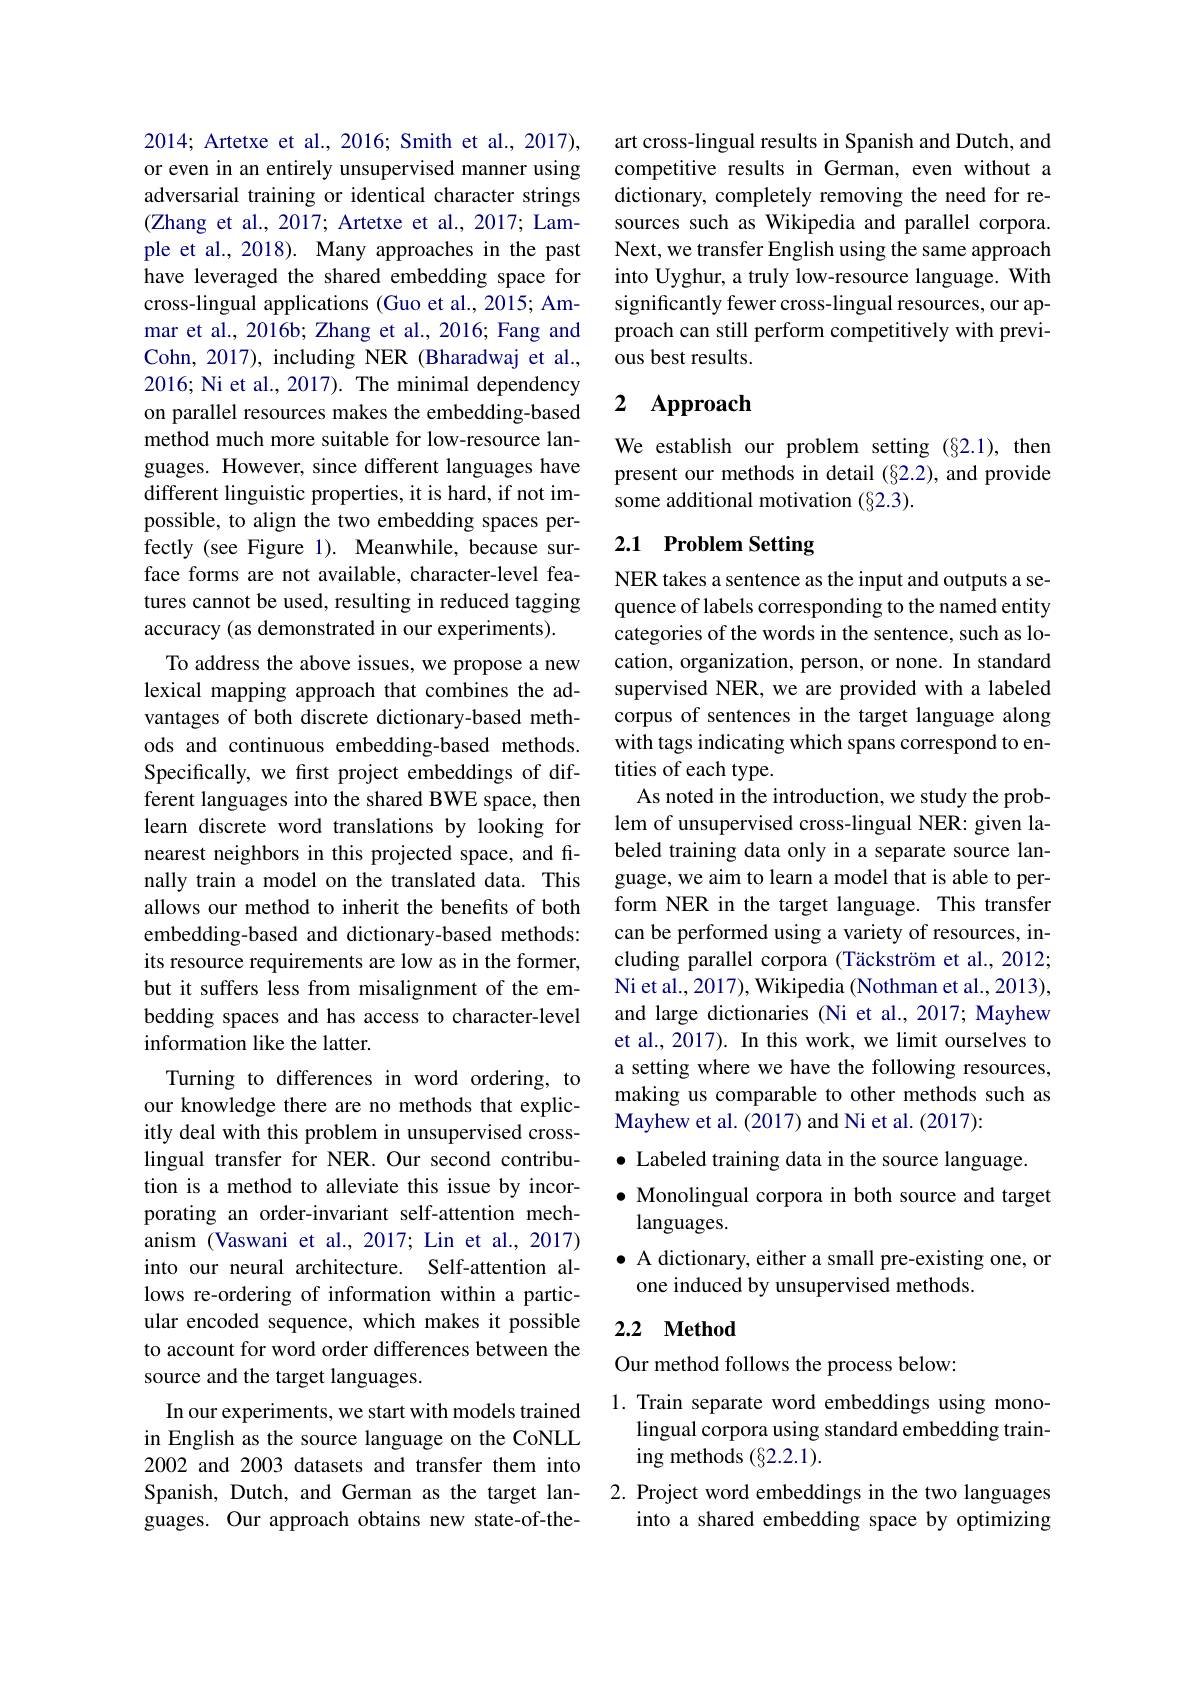
2014; Artetxe et al., 2016; Smith et al., 2017), or even in an entirely unsupervised manner using adversarial training or identical character strings (Zhang et al., 2017; Artetxe et al., 2017; Lample et al., 2018). Many approaches in the past have leveraged the shared embedding space for cross-lingual applications (Guo et al., 2015; Ammar et al., 2016b; Zhang et al., 2016; Fang and Cohn, 2017), including NER (Bharadwaj et al., 2016; Ni et al., 2017). The minimal dependency on parallel resources makes the embedding-based method much more suitable for low-resource languages. However, since different languages have different linguistic properties, it is hard, if not impossible, to align the two embedding spaces perfectly (see Figure 1). Meanwhile, because surface forms are not available, character-level features cannot be used, resulting in reduced tagging accuracy (as demonstrated in our experiments).
To address the above issues, we propose a new lexical mapping approach that combines the advantages of both discrete dictionary-based methods and continuous embedding-based methods. Specifically, we first project embeddings of different languages into the shared BWE space, then learn discrete word translations by looking for nearest neighbors in this projected space, and finally train a model on the translated data. This allows our method to inherit the benefits of both embedding-based and dictionary-based methods: its resource requirements are low as in the former, but it suffers less from misalignment of the embedding spaces and has access to character-level information like the latter.
Turning to differences in word ordering, to our knowledge there are no methods that explicitly deal with this problem in unsupervised crosslingual transfer for NER. Our second contribution is a method to alleviate this issue by incorporating an order-invariant self-attention mechanism (Vaswani et al., 2017; Lin et al., 2017) into our neural architecture. Self-attention allows re-ordering of information within a particular encoded sequence, which makes it possible to account for word order differences between the source and the target languages.
In our experiments, we start with models trained in English as the source language on the CoNLL 2002 and 2003 datasets and transfer them into Spanish, Dutch, and German as the target lan-

guages. Our approach obtains new state-of-the-

art cross-lingual results in Spanish and Dutch, and competitive results in German, even without a dictionary, completely removing the need for resources such as Wikipedia and parallel corpora. Next, we transfer English using the same approach into Uyghur, a truly low-resource language. With significantly fewer cross-lingual resources, our approach can still perform competitively with previous best results.

# 2 Approach

We establish our problem setting (§2.1), then present our methods in detail (§2.2), and provide some additional motivation (§2.3).

# 2.1 Problem Setting

NER takes a sentence as the input and outputs a sequence of labels corresponding to the named entity categories of the words in the sentence, such as location, organization, person, or none. In standard supervised NER, we are provided with a labeled corpus of sentences in the target language along with tags indicating which spans correspond to entities of each type.
As noted in the introduction, we study the problem of unsupervised cross-lingual NER: given labeled training data only in a separate source language, we aim to learn a model that is able to perform NER in the target language. This transfer can be performed using a variety of resources, including parallel corpora (Täckström et al., 2012; Ni et al., 2017), Wikipedia (Nothman et al., 2013), and large dictionaries (Ni et al., 2017; Mayhew et al., 2017). In this work, we limit ourselves to a setting where we have the following resources, making us comparable to other methods such as Mayhew et al. (2017) and Ni et al. (2017):
$\bullet$ Labeled training data in the source language.
$\bullet$ Monolingual corpora in both source and target
languages.
$\bullet$ A dictionary, either a small pre-existing one, or
one induced by unsupervised methods.

## 2.2 $\mathbf{Method}$

Our method follows the process below:

1. Train separate word embeddings using mono-
lingual corpora using standard embedding train-
ing methods (§2.2.1).
2. Project word embeddings in the two languages
into a shared embedding space by optimizing